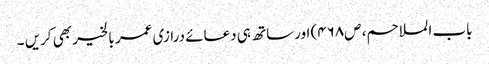
باب الملاحم، ص۴۶۸) اورساتھ ہی دعائے درازی عمر بالخیر بھی کریں ۔